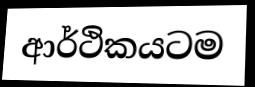
ආර්ථිකයටම